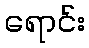
ရောင်း